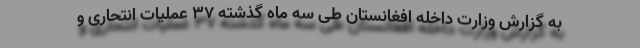
به گزارش وزارت داخله افغانستان طی سه ماه گذشته ۳۷ عملیات انتحاری و